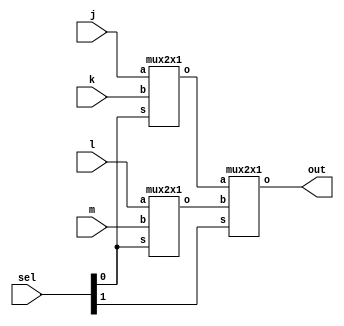
module mux4x1(j,k,l,m,sel,out);
  input j,k,l,m;
  input [1:0]sel;
  output out;
  wire w1,w2;
  
  mux2x1 u1(.a(j), .b(k), .o(w1), .s(sel[0]));
  mux2x1 u2(.a(l), .b(m), .o(w2), .s(sel[0]));
  mux2x1 u3(.a(w1), .b(w2), .o(out),.s(sel[1]));
endmodule

module mux2x1(a,b,s,o);
  input a,b,s;
  output o;
  reg o;
  always@(*)begin
    if (s==0)
      o = a;
    else
      o = b;
  end
endmodule